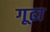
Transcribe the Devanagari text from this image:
गूढा